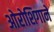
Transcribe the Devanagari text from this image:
ओरोशिगाने